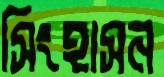
সিংহাসন